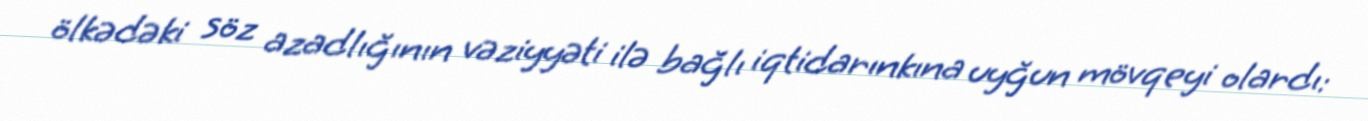
ölkədəki söz azadlığının vəziyyəti ilə bağlı iqtidarınkına uyğun mövqeyi olardı: